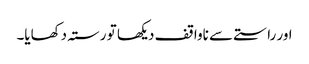
اور راستے سے ناواقف دیکھا تو رستہ دکھایا۔